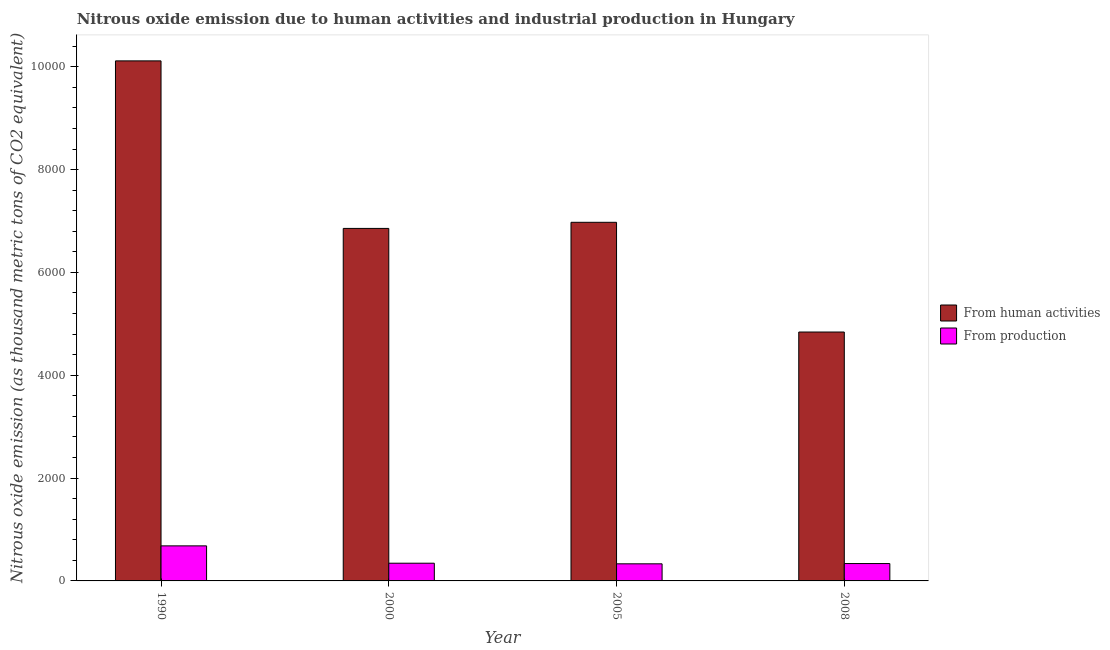
| Year | From human activities | From production |
 | --- | --- | --- |
 | 1990 | 1.01e+04 | 682 |
 | 2000 | 6.86e+03 | 344 |
 | 2005 | 6.97e+03 | 333 |
 | 2008 | 4.84e+03 | 338 |